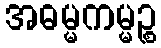
အဓမ္မကမ္မဉ္စ